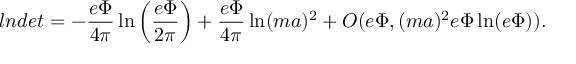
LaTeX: l n d e t = - \frac { e \Phi } { 4 \pi } \ln \left( \frac { e \Phi } { 2 \pi } \right) + \frac { e \Phi } { 4 \pi } \ln ( m a ) ^ { 2 } + O ( e \Phi , ( m a ) ^ { 2 } e \Phi \ln ( e \Phi ) ) .